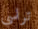
تراسي